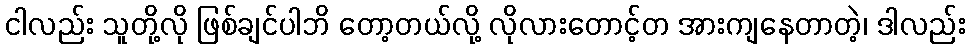
ငါလည်း သူတို့လို ဖြစ်ချင်ပါဘိ တော့တယ်လို့ လိုလားတောင့်တ အားကျနေတာတဲ့၊ ဒါလည်း